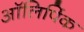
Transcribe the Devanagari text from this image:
ऑलिपिंक